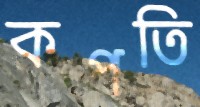
কপতি